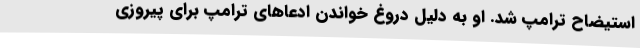
استیضاح ترامپ شد. او به دلیل دروغ خواندن ادعاهای ترامپ برای پیروزی